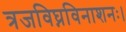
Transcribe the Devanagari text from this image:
त्रजविघ्नविनाशनः।